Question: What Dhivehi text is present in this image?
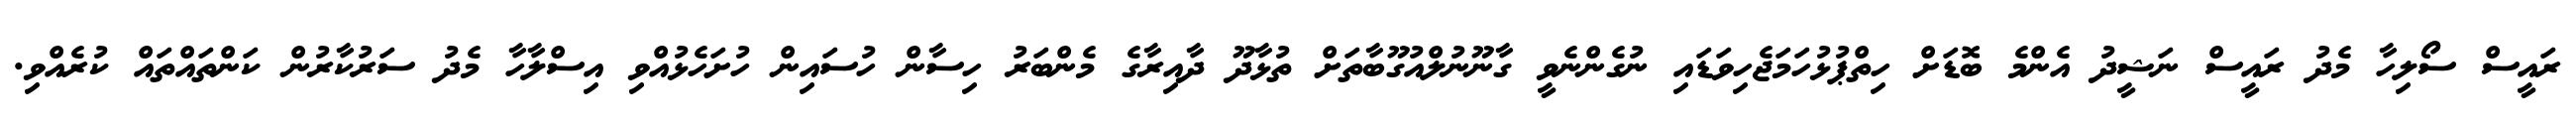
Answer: ރައީސް ސޯލިހާ މެދު ރައީސް ނަޝީދު އެންމެ ބޮޑަށް ހިތްޕުޅުހަމަޖެހިވަޑައި ނުގެންނެވީ ގާނޫނުލްއުގޫބާތަށް ތުޅާދޫ ދާއިރާގެ މެންބަރު ހިސާން ހުސައިން ހުށަހެޅުއްވި އިސްލާހާ މެދު ސަރުކާރުން ކަންތައްތައް ކުރެއްވި.